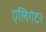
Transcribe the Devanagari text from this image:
एलिगेटर